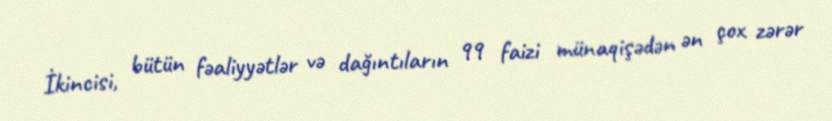
İkincisi, bütün fəaliyyətlər və dağıntıların 99 faizi münaqişədən ən çox zərər